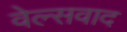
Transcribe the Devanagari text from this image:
वेल्सवाद